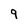
Character: 9